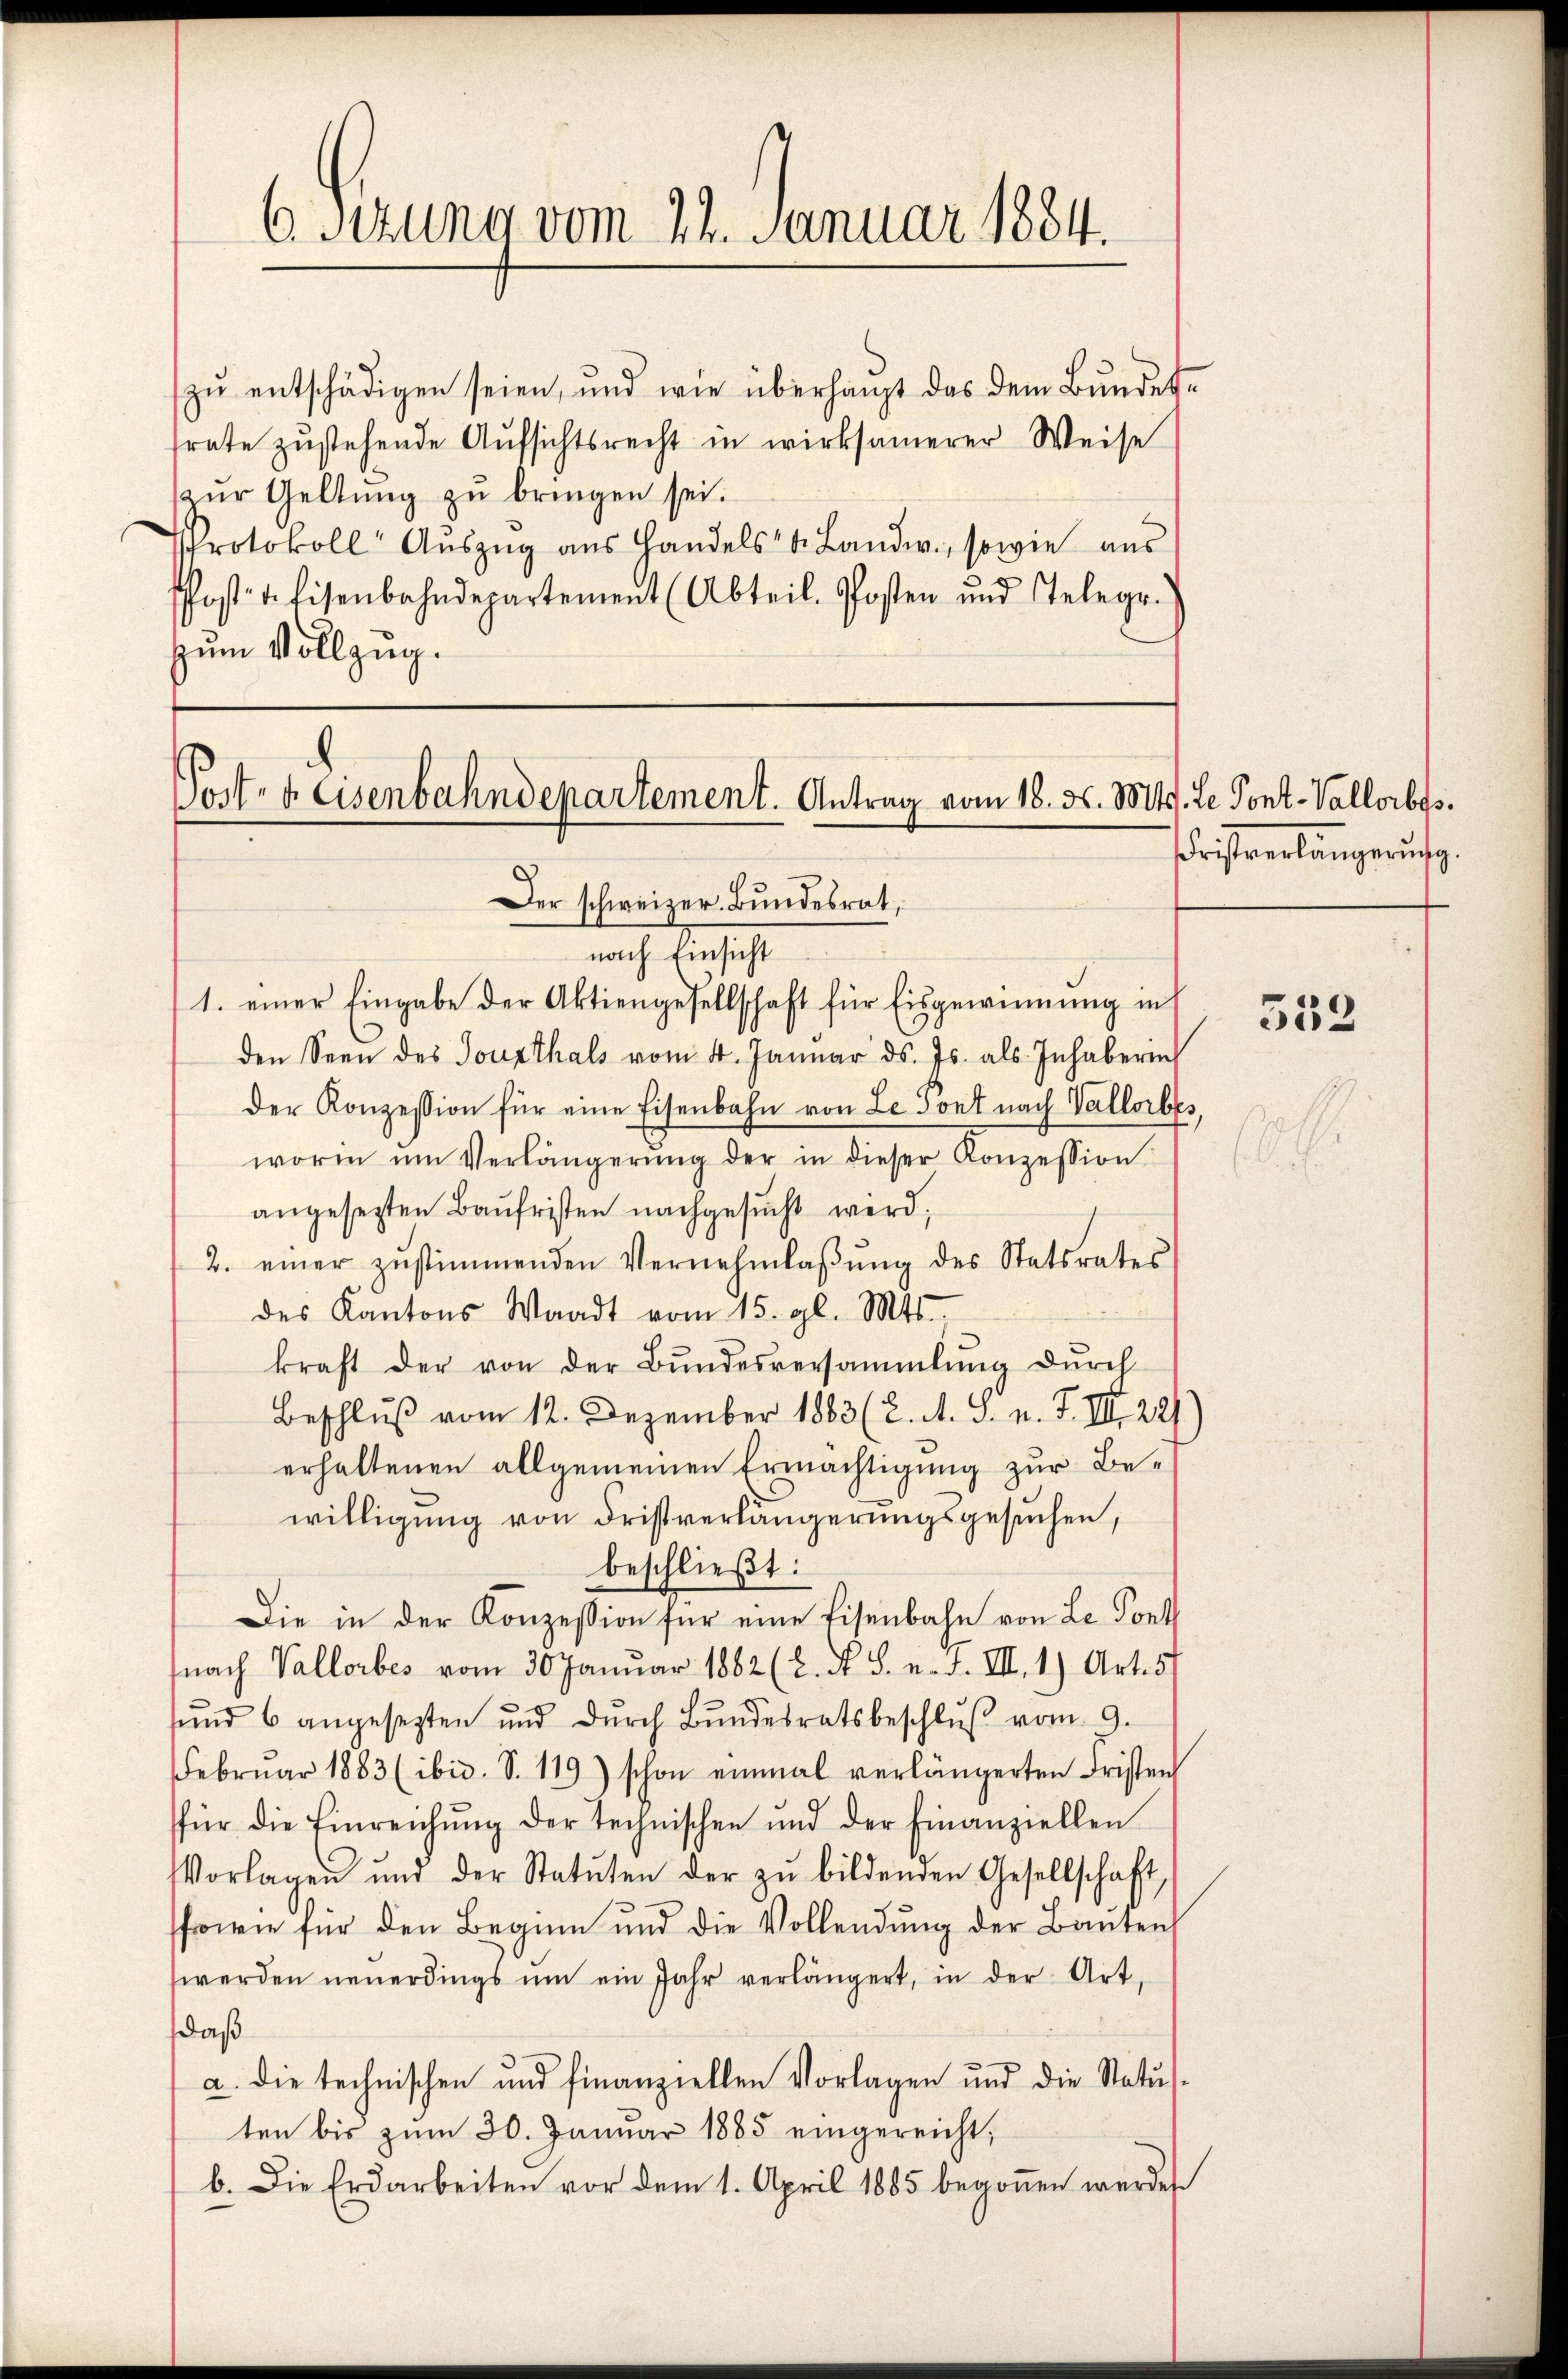
6Sitzung vom 22. Januar 1884.

zŭ entschädigen seien, und wie überhaupt das dem Bundesfrate zŭstehende Aŭfsichtsrecht in wirksamerer Weise
zŭr Geltung zŭ bringen sei.
Protokoll Auszug aus Handels- & Landw., sowie aus
Pfostet. Eisenbahndepartement (Abteil. Posten und Telege.)
zum Vollzug.

Post- & Eisenbahndepartement. Antrag vom 18. d. Mts. Le Pont-Vallorbes.
Der schweizer. Bundesrat,

nach Einsicht
1. einer Eingabe der Aktiengesellschaft für Eisgewinnung in
den Seen des Tousthals vom 4. Januar d. Js. als Inhaberin
der Konzession für eine Eisenbahn von Le dont nach Vallorbes,
worin ŭm Verlängerŭng der in dieser Konzession
angesetzten Baŭfristen nachgesŭcht wird,
2. einer zŭstimmenden Vernehmlaβŭng des Statsrates
des Kantons Waadt vom 15. gl. Mts.
kraft der von der Bundesversammlung durch
Beschluß vom 12. Dezember 1883 (2. A. S. n. F. III 227
erhaltenen allgemeinen Ermächtigung zur Bewilligung von Fristverlängerungsgesuchen,
beschließt:
Die in der Konzession für eine Eisenbahn von Le Pont
fnach Vallorbes vom 30 Januar 1882 (L. N. S. n. F. III. 1) Art. 5
ŭnd 6 angesezten ŭnd dŭrch Bŭndesratsbeschlŭβ vom 9.
Febrŭar 1883 (ibid. S. 119) schon einmal verlängerten Fristen
für die Einreichŭng der technischen und der Finanziellen
VVorlagen und der Statuten der zŭ bildenden Gesellschaft
sfrowen für den Beginn und die Vollendung der Bauten
werden neuerdings ŭm ein Jahr verlängert, in der Art.
daß
a. die technischen und finanziellen Vorlagen und die Status-
ten bis zum 30. Januar 1885 eingereicht,
b. Die Erdarbeiten vor dem 1. April 1885 begonnen werden

Fristverlängerung.

532